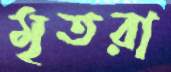
মৃতরা